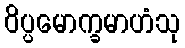
ဝိပ္ပမောက္ခမာဟံသု